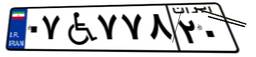
۰۷W۷۷۸۲۰